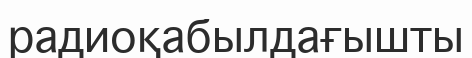
радиоқабылдағышты